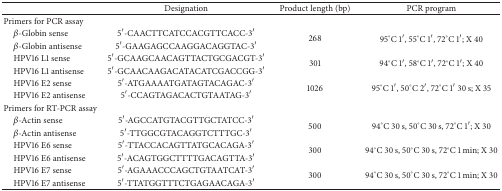
<table><thead><tr><td><b> </b></td><td><b>Designation</b></td><td><b>Product length (bp)</b></td><td><b>PCR program</b></td></tr></thead><tbody><tr><td>Primers for PCR assay</td><td> </td><td> </td><td> </td></tr><tr><td> <i>β</i>-Globin sense </td><td>5′-CAACTTCATCCACGTTCACC-3′</td><td rowspan="2">268</td><td rowspan="2">95°C 1′, 55°C 1′, 72°C 1′; X 40</td></tr><tr><td> <i>β</i>-Globin antisense </td><td>5′-GAAGAGCCAAGGACAGGTAC-3′</td></tr><tr><td> HPV16 L1 sense</td><td>5′-GCAAGCAACAGTTACTGCGACGT-3′</td><td rowspan="2">301</td><td rowspan="2">94°C 1′, 58°C 1′, 72°C 1′; X 40</td></tr><tr><td> HPV16 L1 antisense</td><td>5′-GCAACAAGACATACATCGACCGG-3′</td></tr><tr><td> HPV16 E2 sense</td><td>5′-ATGAAAATGATAGTACAGAC-3′</td><td rowspan="2">1026</td><td rowspan="2">95°C 1′, 50°C 2′, 72°C 1′ 30 s; X 35</td></tr><tr><td> HPV16 E2 antisense</td><td>5′-CCAGTAGACACTGTAATAG-3′</td></tr><tr><td>Primers for RT-PCR assay</td><td> </td><td> </td><td> </td></tr><tr><td> <i>β</i>-Actin sense</td><td>5′-AGCCATGTACGTTGCTATCC-3′</td><td rowspan="2">500</td><td rowspan="2">94°C 30 s, 50°C 30 s, 72°C 1′; X 30</td></tr><tr><td> <i>β</i>-Actin antisense </td><td>5′-TTGGCGTACAGGTCTTTGC-3′</td></tr><tr><td> HPV16 E6 sense</td><td>5′-TTACCACAGTTATGCACAGA-3′</td><td rowspan="2">300</td><td rowspan="2">94°C 30 s, 50°C 30 s, 72°C 1 min; X 30</td></tr><tr><td> HPV16 E6 antisense</td><td>5′-ACAGTGGCTTTTGACAGTTA-3′</td></tr><tr><td> HPV16 E7 sense</td><td>5′-AGAAACCCAGCTGTAATCAT-3′</td><td rowspan="2">300</td><td rowspan="2">94°C 30 s, 50°C 30 s, 72°C 1 min; X 30</td></tr><tr><td> HPV16 E7 antisense</td><td>5′-TTATGGTTTCTGAGAACAGA-3′</td></tr></tbody></table>